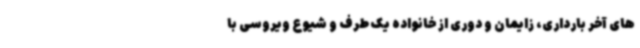
های آخر بارداری، زایمان و دوری از خانواده یک طرف و شیوع ویروسی با